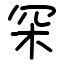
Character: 罙